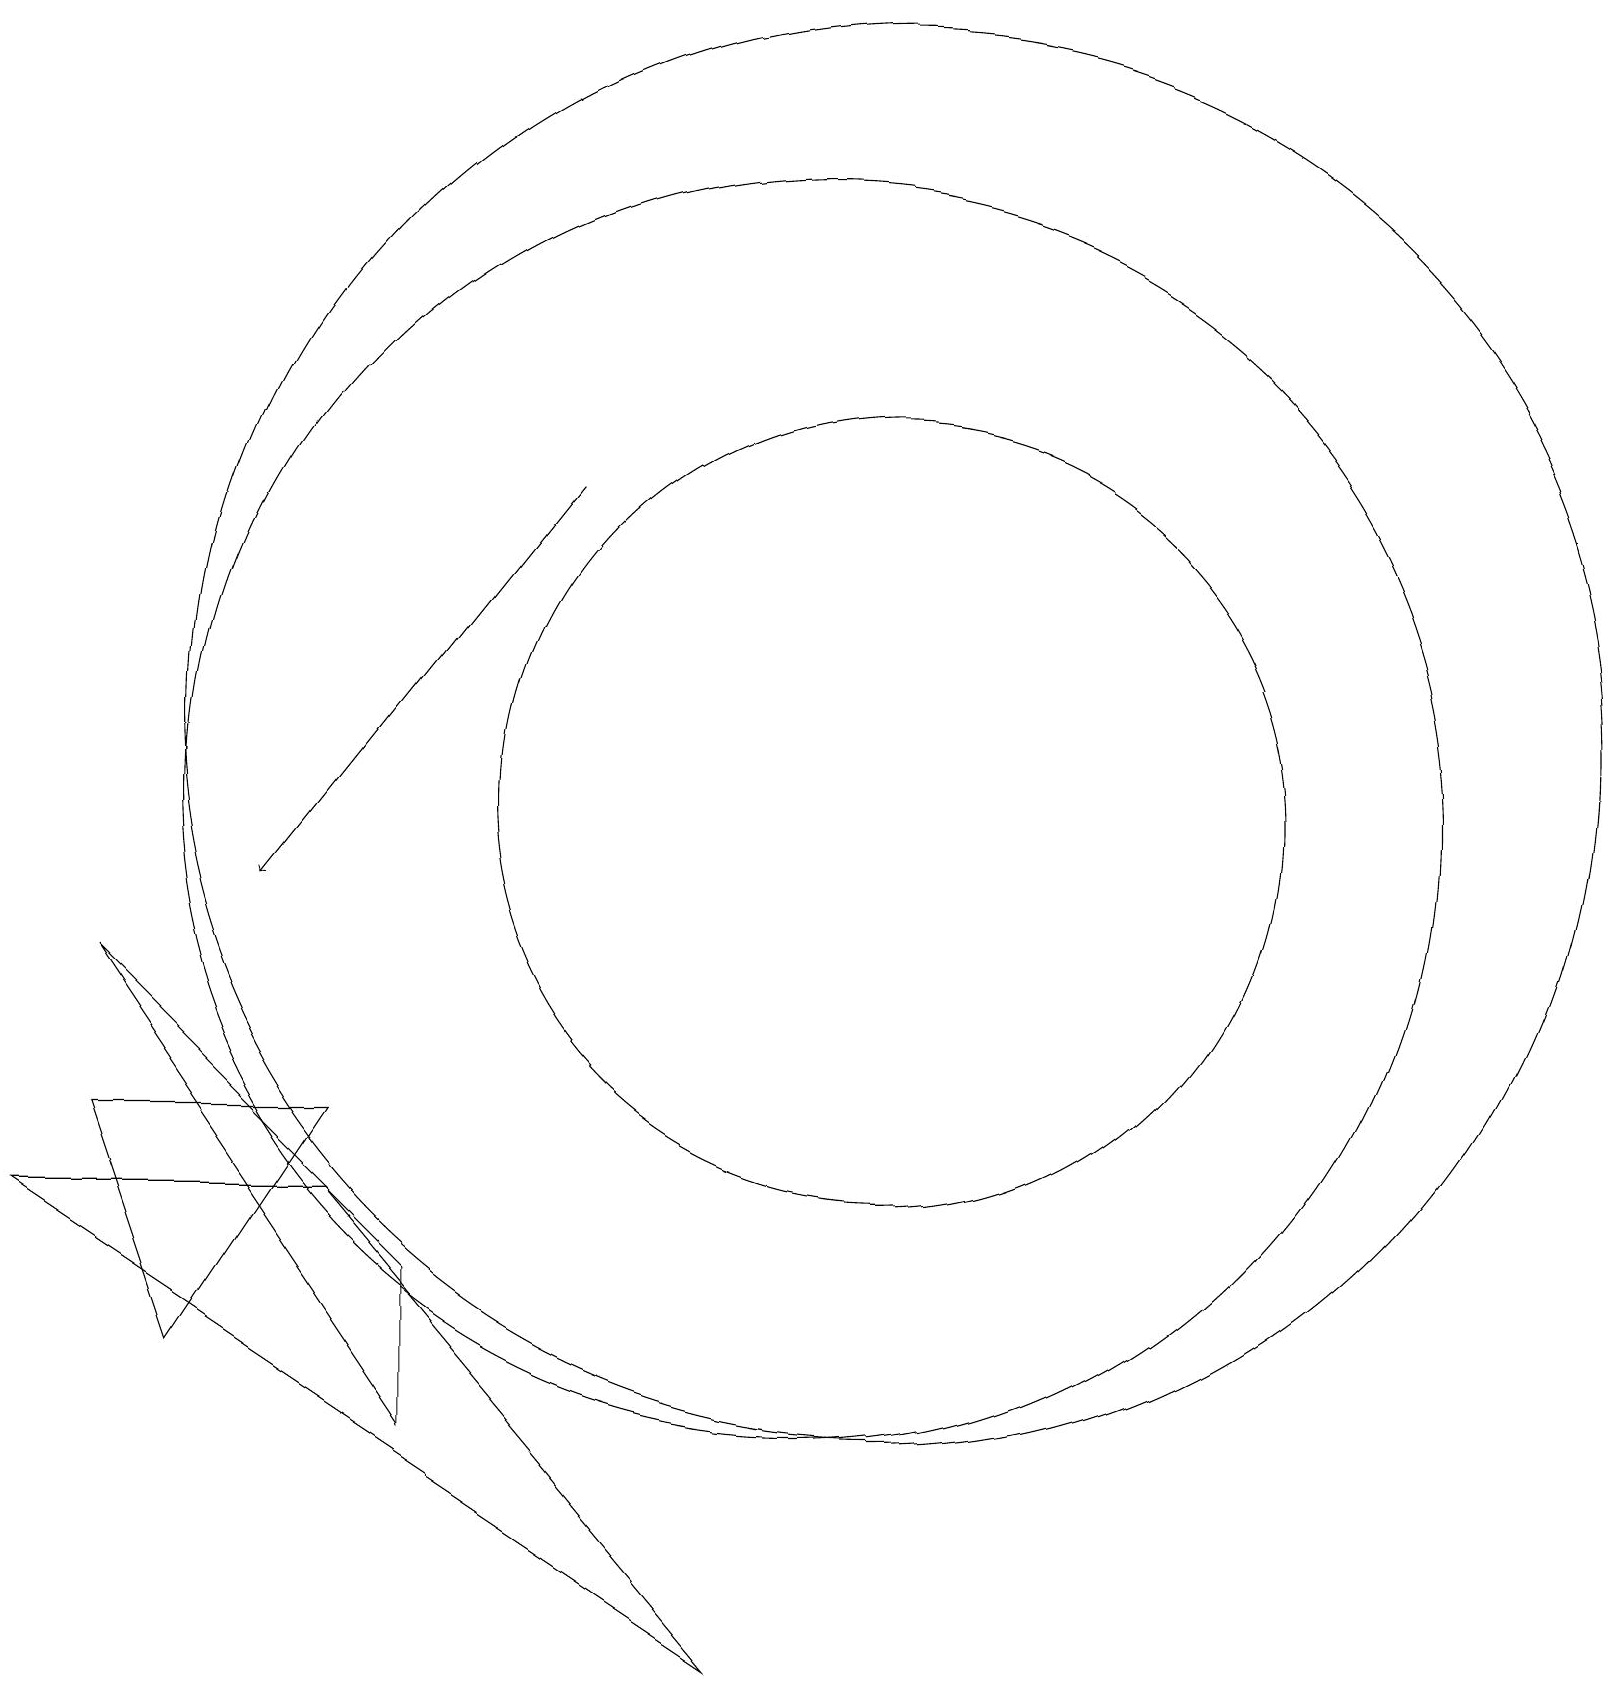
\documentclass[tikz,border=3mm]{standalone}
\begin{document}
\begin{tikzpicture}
\draw[->] (7,15) -- (3,10);
\draw (11,12) circle (9);
\draw (10,10) circle (0);
\draw (10,11) circle (8);
\draw (4,6) -- (9,0) -- (0,6) -- cycle;
\draw (5,5) -- (1,9) -- (5,3) -- cycle;
\draw (1,7) -- (4,7) -- (2,4) -- cycle;
\draw (11,11) circle (5);
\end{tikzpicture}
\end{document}